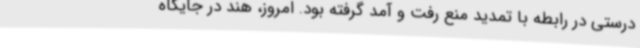
درستی در رابطه با تمدید منع رفت و آمد گرفته بود. امروز، هند در جایگاه